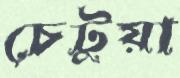
চেটুয়া